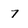
Character: 7